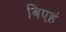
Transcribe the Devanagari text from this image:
बिएहं